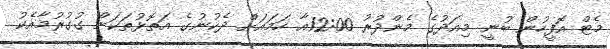
މެޓް އޮފީހުން ބުނީ މިއަދުގެ މެންދުރު 12:00އާ ހަމައަށް ދެކުނުގެ އަތޮޅުތަކަށް ގުގުރުމާއެކު